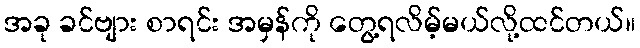
အခု ခင်ဗျား စာရင်း အမှန်ကို တွေ့ရလိမ့်မယ်လို့ထင်တယ်။